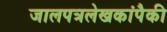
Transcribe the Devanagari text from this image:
जालपत्रलेखकांपैकी